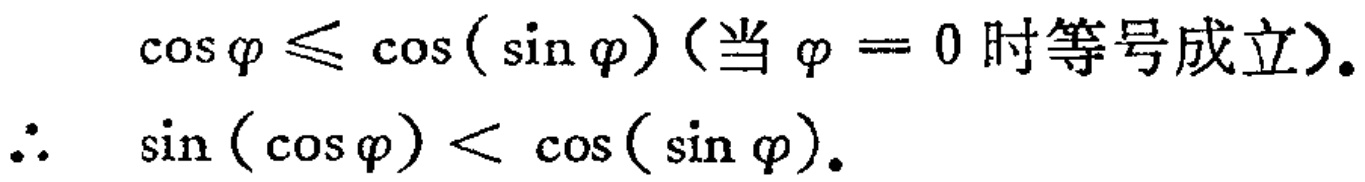
\[\begin{align*}
\cos\varphi&\leq\cos(\sin\varphi)\text{（当 }\varphi = 0\text{ 时等号成立）}.\\
\therefore\quad\sin(\cos\varphi)&<\cos(\sin\varphi).
\end{align*}\]